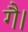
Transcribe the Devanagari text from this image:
गै।